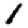
Digit: 1